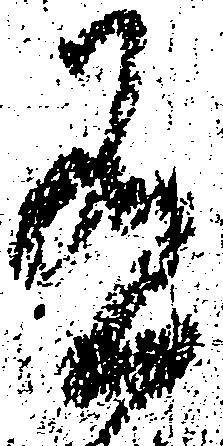
有